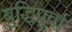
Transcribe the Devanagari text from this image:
बुद्धिपूर्वा